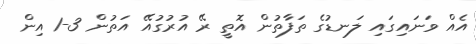
އެއް ވަނައިގައި ލަނޑުގެ ތަފާތުން އޮތީ ރޭ އުރުގުއޭ އަތުން 3-1 އިން